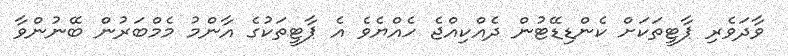
ވާދަވެރި ޕާޓީތަކަށް ކެންޑިޑޭޓުން ދެއްކިއްޖެ ހެއްޔެވެ އެ ޕާޓީތަކުގެ އާންމު މެމްބަރުން ބޭނުންވާ